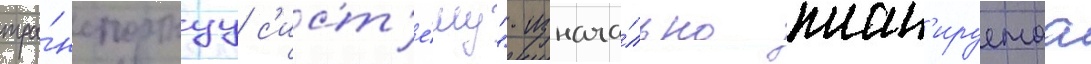
тра́нспортнуу с'ист'е́му". изнача́льно план'ируемаа